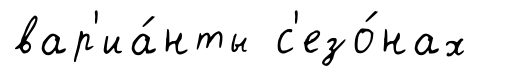
вар'иа́нты с'езо́нах